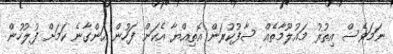
ނަމަވެސް އިތުރު މައުލޫމާތެއް ސާފުކުރަން އޮތިއްޔާ އެކަން ފަހުން އަންގާނެ ކަމަށް ފުލުހުން